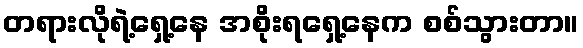
တရားလိုရဲ့ရှေ့နေ အစိုးရရှေ့နေက စစ်သွားတာ။